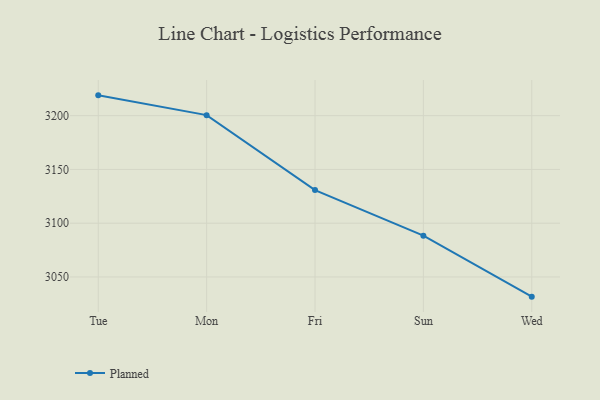
{"axis": {"x": "Day", "y": "Revenue (USD Million)"}, "legend": ["Planned"], "data": [{"x": "Tue", "y": 3218.9, "type": "Planned"}, {"x": "Mon", "y": 3200.5, "type": "Planned"}, {"x": "Fri", "y": 3130.8, "type": "Planned"}, {"x": "Sun", "y": 3088.4, "type": "Planned"}, {"x": "Wed", "y": 3031.7, "type": "Planned"}]}